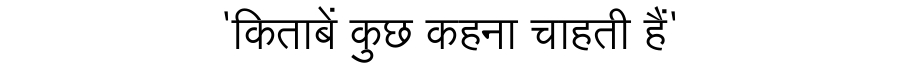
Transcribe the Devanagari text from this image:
'किताबें कुछ कहना चाहती हैं'